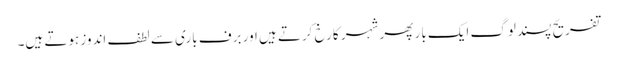
تفریح پسند لوگ ایک بار پھر شہر کا رخ کرتے ہیں اور برف باری سے لطف اندوز ہوتے ہیں۔